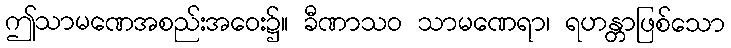
ဤသာမဏေအစည်းအဝေး၌။ ခီဏာသဝ သာမဏေရာ၊ ရဟန္တာဖြစ်သော